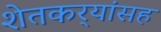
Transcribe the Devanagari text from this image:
शेतकर्‍यांसह